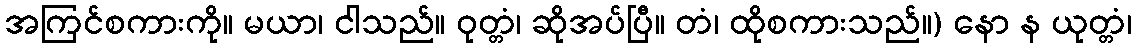
အကြင်စကားကို။ မယာ၊ ငါသည်။ ဝုတ္တံ၊ ဆိုအပ်ပြီ။ တံ၊ ထိုစကားသည်။) နော န ယုတ္တံ၊